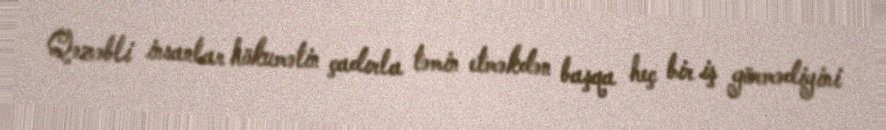
Qəzəbli insanlar hökumətin çadırla təmin etməkdən başqa heç bir iş görmədiyini